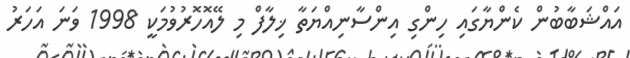
އައްޝަބާބުން ކެންޔާގައި ހިންގި އިންސާނިއްޔަތާ ޚިލާފް މި ލޭއޮހޮރުވުމަކީ 1998 ވަނަ އަހަރު